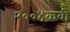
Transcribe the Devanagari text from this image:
२००४कवी